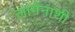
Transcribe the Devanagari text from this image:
लागेनाशी